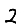
Digit: 2